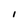
Character: I